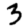
Digit: 3